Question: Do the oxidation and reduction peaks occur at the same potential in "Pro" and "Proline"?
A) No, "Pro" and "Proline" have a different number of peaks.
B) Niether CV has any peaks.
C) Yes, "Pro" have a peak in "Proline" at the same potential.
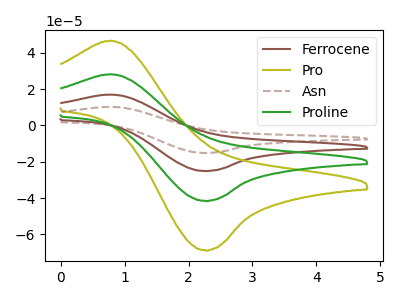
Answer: <think>The brown curve "Ferrocene" has an anodic peak at (0.80V, 56.40uA) and a cathodic peak at (2.25V, -83.00uA). The olive curve "Pro" has an anodic peak at (0.80V, 46.70uA) and a cathodic peak at (2.25V, -68.70uA). The brown dashed curve "Asn" has an anodic peak at (0.80V, 84.65uA) and a cathodic peak at (2.25V, -124.50uA). The green curve "Proline" has an anodic peak at (0.80V, 28.20uA) and a cathodic peak at (2.25V, -41.50uA).</think>
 <answer>C) Yes, "Pro" have a peak in "Proline" at the same potential.</answer>
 <eval>C</eval>